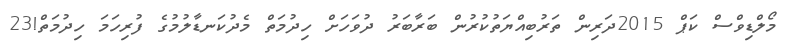
މޯލްޑިވްސް ކަޕް 2015ދަރިން ތަރުބިއްޔަތުކުރުން ބަރާބަރު ދުވަހަށް ހިދުމަތް މެދުކަނޑާލުމުގެ ފުރިހަމަ ހިދުމަތް!23